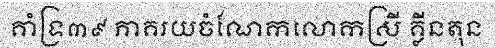
គាំទ្រ៣៩ ភាគរយចំណែកលោកស្រី គ្លីនតុន